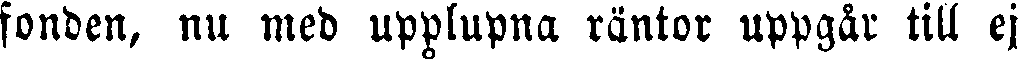
fonden, nu med upplupna räntor uppgår till ej